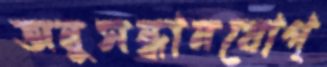
অনুসন্ধানযোগ্